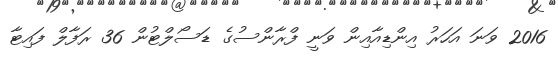
2016 ވަނަ އަހަރު އިންޑިއާއިން ވަނީ ފްރާންސުގެ ޑަސޯލްޓުން 36 ރަފާލް ފައިޓާ